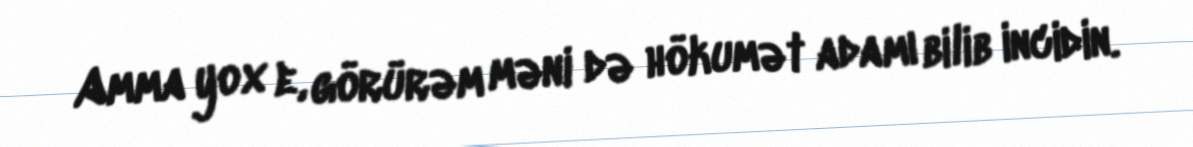
Amma yox e, görürəm məni də hökumət adamı bilib incidin.